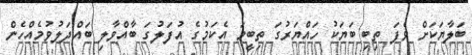
ބަލާޔަކަށް ވެފަ ތިބި ބަޔަކު ހައްޔަރުގަ ތިބީމަ އެކަމުގެ އުފަލުގަ ބާއްވާލި ބައްދަލުވުމެއްހެން